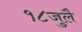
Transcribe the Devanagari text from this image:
१८जुलै